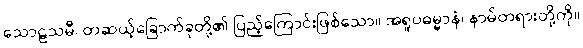
သောဠသမီ၊ တဆယ့်ခြောက်ခုတို့၏ ပြည့်ကြောင်းဖြစ်သော။ အရူပဓမ္မာနံ၊ နာမ်တရားတို့ကို။